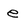
Character: e